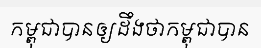
កម្ពុជាបានឲ្យដឹងថាកម្ពុជាបាន